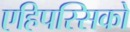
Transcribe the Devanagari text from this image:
एहिपस्सिको